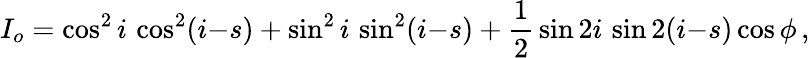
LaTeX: I_{o}=\cos^{2}i\, \cos^{2}(i{-}s)+\sin^{2}i\, \sin^{2}(i{-}s)+{\frac{1}{2}}\sin 2i\, \sin 2(i{-}s)\cos\phi\, ,